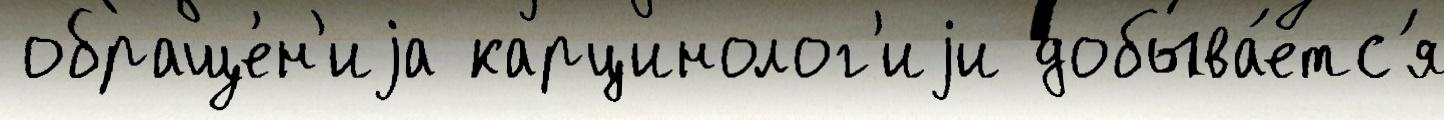
 обраще́н'иjа карцинолог'иjи добыва́етс'я